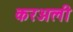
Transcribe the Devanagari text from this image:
करअली